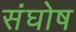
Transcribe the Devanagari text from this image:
संघोष